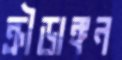
ক্রীড়াঙ্গন